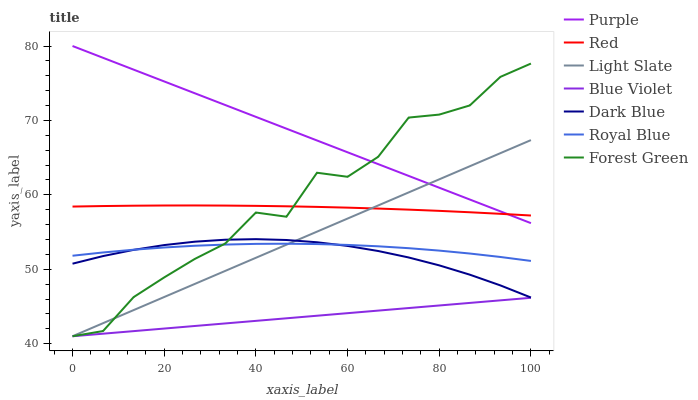
| xaxis_label | Purple | Red | Light Slate | Blue Violet | Dark Blue | Royal Blue | Forest Green |
 | --- | --- | --- | --- | --- | --- | --- | --- |
 | 0 | 80 | 58.4 | 41 | 41 | 50.8 | 51.8 | 41 |
 | 6.67 | 78.4 | 58.5 | 42.8 | 41.3 | 51.8 | 52.3 | 41.7 |
 | 13.3 | 76.8 | 58.5 | 44.5 | 41.7 | 52.6 | 52.6 | 46.3 |
 | 20 | 75.2 | 58.6 | 46.3 | 42 | 53.3 | 52.9 | 48.9 |
 | 26.7 | 73.7 | 58.6 | 48 | 42.4 | 53.7 | 53.2 | 51.4 |
 | 33.3 | 72.1 | 58.6 | 49.8 | 42.7 | 54 | 53.3 | 53.5 |
 | 40 | 70.5 | 58.5 | 51.5 | 43.1 | 54 | 53.4 | 57.6 |
 | 46.7 | 68.9 | 58.5 | 53.3 | 43.4 | 53.9 | 53.4 | 57.1 |
 | 53.3 | 67.3 | 58.4 | 55.1 | 43.8 | 53.6 | 53.4 | 63 |
 | 60 | 65.7 | 58.3 | 56.8 | 44.1 | 53.1 | 53.3 | 62.4 |
 | 66.7 | 64.1 | 58.2 | 58.6 | 44.4 | 52.5 | 53.1 | 65.1 |
 | 73.3 | 62.5 | 58 | 60.3 | 44.8 | 51.6 | 52.8 | 70.4 |
 | 80 | 61 | 57.8 | 62.1 | 45.1 | 50.5 | 52.5 | 70.8 |
 | 86.7 | 59.4 | 57.7 | 63.8 | 45.5 | 49.3 | 52.1 | 72 |
 | 93.3 | 57.8 | 57.5 | 65.6 | 45.8 | 47.8 | 51.7 | 75.9 |
 | 100 | 56.2 | 57.2 | 67.4 | 46.2 | 46.2 | 51.1 | 77.6 |